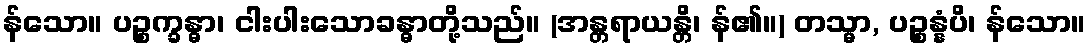
န်သော။ ပဉ္စက္ခန္ဓာ၊ ငါးပါးသောခန္ဓာတို့သည်။ (အန္တရာယန္တိ၊ န်၏။) တသ္မာ, ပဉ္စန္နံပိ၊ န်သော။